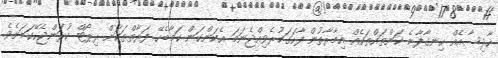
ހާދިސާއެއް ހިނގާފާނެ ކަންތައްތަކެއް އިމާރާތުން ފާހަގަކުރެވިއްޖެނަމަ އެކަންކަން ކަމާބެހޭ ފަރާތްތަކަށް ރިޕޯޓް ކުރަންޖެހޭކަމަށެެވެ.